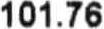
101.76